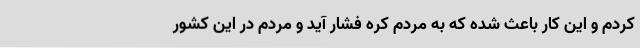
کردم و این کار باعث شده که به مردم کره فشار آید و مردم در این کشور